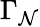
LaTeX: \Gamma_{\mathcal{N}}